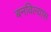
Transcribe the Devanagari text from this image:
बनविल्यास